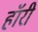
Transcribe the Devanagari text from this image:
हॉरी